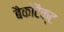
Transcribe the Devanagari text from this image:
बैकोटैक्ट